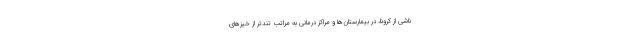
ناشی از کرونا، در بیمارستان‌ها و مراکز درمانی به مراتب تندتر از خیزهای